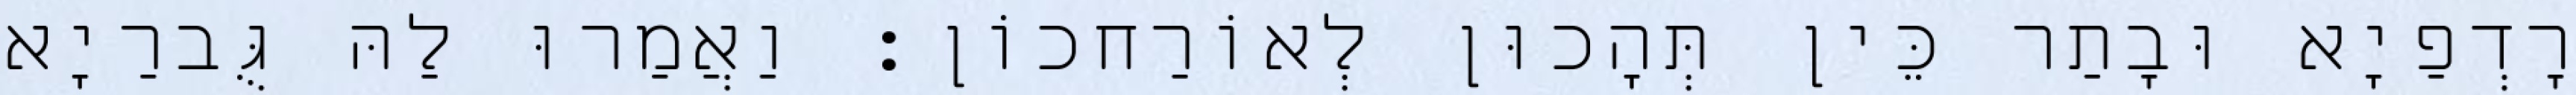
רָדְפַיָא וּבָתַר כֵּין תְּהָכוּן לְאוֹרַחכוֹן׃ וַאֲמַרוּ לַהּ גֻּברַיָא